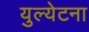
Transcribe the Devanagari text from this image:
युल्येटना